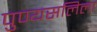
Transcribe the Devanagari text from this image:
पुण्यसलिला